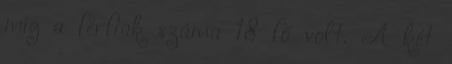
míg a férfiak száma 18 fő volt. A két